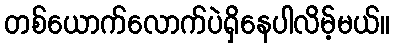
တစ်ယောက်လောက်ပဲရှိနေပါလိမ့်မယ်။